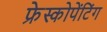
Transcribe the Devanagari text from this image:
फ्रेस्कोपेंटिंग